Civil Veterinary Dept. Bombay admin report 1914-1922 - 1914-1922
Year: 1914
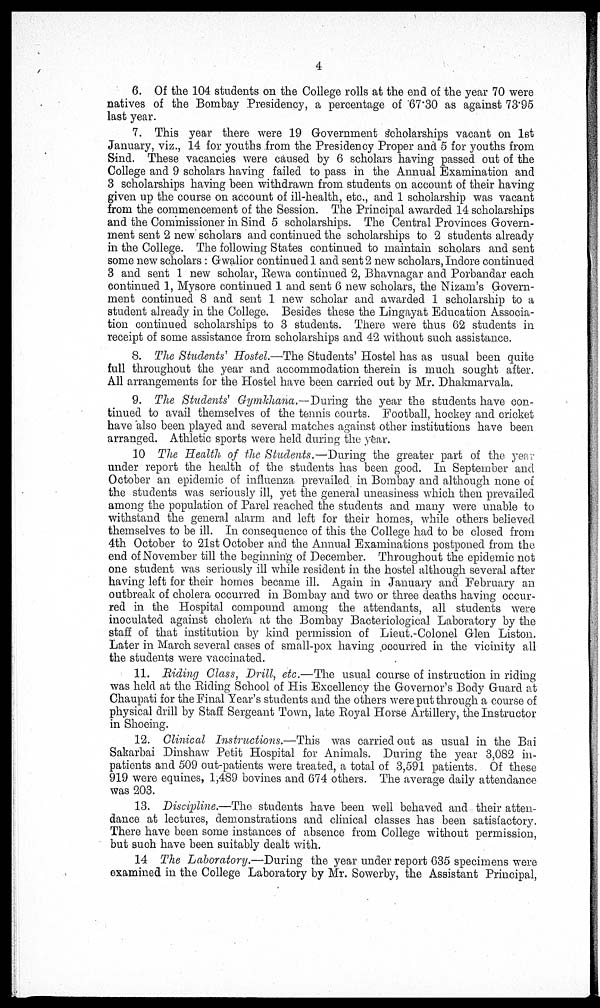
4
6. Of the 104 students on the College rolls at the end of the year 70 were
natives of the Bombay Presidency, a percentage of 67.30 as against 73.95
last year.
7. This year there were 19 Government scholarships vacant on 1st
January, viz., 14 for youths from the Presidency Proper and 5 for youths from
Sind. These vacancies were caused by 6 scholars having passed out of the
College and 9 scholars having failed to pass in the Annual Examination and
3 scholarships having been withdrawn from students on account of their having
given up the course on account of ill-health, etc., and 1 scholarship was vacant
from the commencement of the Session. The Principal awarded 14 scholarships
and the Commissioner in Sind 5 scholarships. The Central Provinces Govern-
ment sent 2 new scholars and continued the scholarships to 2 students already
in the College. The following States continued to maintain scholars and sent
some new scholars : Gwalior continued 1 and sent 2 new scholars, Indore continued
3 and sent 1 new scholar, Rewa continued 2, Bhavnagar and Porbandar each
continued 1, Mysore continued 1 and sent 6 new scholars, the Nizam's Govern-
ment continued 8 and sent 1 new scholar and awarded 1 scholarship to a
student already in the College. Besides these the Lingayat Education Associa-
tion continued scholarships to 3 students. There were thus 62 students in
receipt of some assistance from scholarships and 42 without such assistance.
8. The Students' Hostel.—The Students' Hostel has as usual been quite
full throughout the year and accommodation therein is much sought after.
All arrangements for the Hostel have been carried out by Mr. Dhakmarvala.
9. The Students' Gymkhana.—During the year the students have con-
tinued to avail themselves of the tennis courts. Football, hockey and cricket
have also been played and several matches against other institutions have been
arranged. Athletic sports were held during the year.
10 The Health of the Students.—During the greater part of the year
under report the health of the students has been good. In September and
October an epidemic of influenza prevailed in Bombay and although none of
the students was seriously ill, yet the general uneasiness which then prevailed
among the population of Parel reached the students and many were unable to
withstand the general alarm and left for their homes, while others believed
themselves to be ill. In consequence of this the College had to be closed from
4th October to 21st October and the Annual Examinations postponed from the
end of November till the beginning of December. Throughout the epidemic not
one student was seriously ill while resident in the hostel although several after
having left for their homes became ill. Again in January and February an
outbreak of cholera occurred in Bombay and two or three deaths having occur-
red in the Hospital compound among the attendants, all students were
inoculated against cholera at the Bombay Bacteriological Laboratory by the
staff of that institution by kind permission of Lieut.-Colonel Glen Liston.
Later in March several cases of small-pox having occurred in the vicinity all
the students were vaccinated.
11. Riding Class, Drill, etc.—The usual course of instruction in riding-
was held at the Riding School of His Excellency the Governor's Body Guard at
Chaupati for the Final Year's students and the others were put through a course of
physical drill by Staff Sergeant Town, late Royal Horse Artillery, the Instructor
in Shoeing.
12. Clinical Instructions.—This was carried out as usual in the Bai
Sakarbai Dinshaw Petit Hospital for Animals. During the year 3,082 in-
patients and 509 out-patients were treated, a total of 3,591 patients. Of these
919 were equines, 1,489 bovines and 674 others. The average daily attendance
was 203.
13. Discipline.—The students have been well behaved and their atten-
dance at lectures, demonstrations and clinical classes has been satisfactory.
There have been some instances of absence from College without permission,
but such have been suitably dealt with.
14 The Laboratory.—During the year under report 635 specimens were
examined in the College Laboratory by Mr. Sowerby, the Assistant Principal,